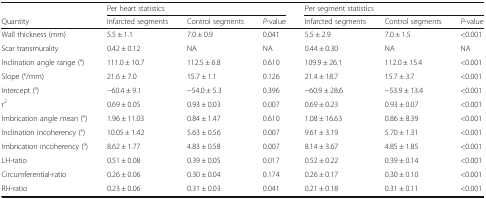
<table><thead><tr><td></td><td colspan="3"><b>Per heart statistics</b></td><td colspan="3"><b>Per segment statistics</b></td></tr><tr><td><b>Quantity</b></td><td><b>Infarcted segments</b></td><td><b>Control segments</b></td><td><b><i>P</i>-value</b></td><td><b>Infarcted segments</b></td><td><b>Control segments</b></td><td><b><i>P</i>-value</b></td></tr></thead><tbody><tr><td>Wall thickness (mm)</td><td>5.5 ± 1.1</td><td>7.0 ± 0.9</td><td>0.041</td><td>5.5 ± 2.9</td><td>7.0 ± 1.5</td><td>&lt;0.001</td></tr><tr><td>Scar transmurality</td><td>0.42 ± 0.12</td><td>NA</td><td>NA</td><td>0.44 ± 0.30</td><td>NA</td><td>NA</td></tr><tr><td>Inclination angle range (°)</td><td>111.0 ± 10.7</td><td>112.5 ± 6.8</td><td>0.610</td><td>109.9 ± 26.1</td><td>112.0 ± 15.4</td><td>&lt;0.001</td></tr><tr><td>Slope (°/mm)</td><td>21.6 ± 7.0</td><td>15.7 ± 1.1</td><td>0.126</td><td>21.4 ± 18.7</td><td>15.7 ± 3.7</td><td>&lt;0.001</td></tr><tr><td>Intercept (°)</td><td>−60.4 ± 9.1</td><td>−54.0 ± 5.3</td><td>0.396</td><td>−60.9 ± 28.6</td><td>−53.9 ± 13.4</td><td>&lt;0.001</td></tr><tr><td>r<sup>2</sup></td><td>0.69 ± 0.05</td><td>0.93 ± 0.03</td><td>0.007</td><td>0.69 ± 0.23</td><td>0.93 ± 0.07</td><td>&lt;0.001</td></tr><tr><td>Imbrication angle mean (°)</td><td>1.96 ± 11.03</td><td>0.84 ± 1.47</td><td>0.610</td><td>1.08 ± 16.63</td><td>0.86 ± 8.39</td><td>&lt;0.001</td></tr><tr><td>Inclination incoherency (°)</td><td>10.05 ± 1.42</td><td>5.63 ± 0.56</td><td>0.007</td><td>9.61 ± 3.19</td><td>5.70 ± 1.31</td><td>&lt;0.001</td></tr><tr><td>Imbrication incoherency (°)</td><td>8.62 ± 1.77</td><td>4.83 ± 0.58</td><td>0.007</td><td>8.14 ± 3.67</td><td>4.85 ± 1.85</td><td>&lt;0.001</td></tr><tr><td>LH-ratio</td><td>0.51 ± 0.08</td><td>0.39 ± 0.05</td><td>0.017</td><td>0.52 ± 0.22</td><td>0.39 ± 0.14</td><td>&lt;0.001</td></tr><tr><td>Circumferential-ratio</td><td>0.26 ± 0.06</td><td>0.30 ± 0.04</td><td>0.174</td><td>0.26 ± 0.17</td><td>0.30 ± 0.10</td><td>&lt;0.001</td></tr><tr><td>RH-ratio</td><td>0.23 ± 0.06</td><td>0.31 ± 0.03</td><td>0.041</td><td>0.21 ± 0.18</td><td>0.31 ± 0.11</td><td>&lt;0.001</td></tr></tbody></table>